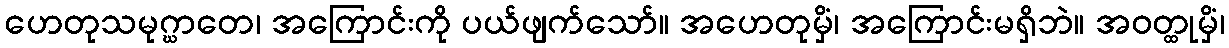
ဟေတုသမုဂ္ဃာတေ၊ အကြောင်းကို ပယ်ဖျက်သော်။ အဟေတုမှိံ၊ အကြောင်းမရှိဘဲ။ အဝတ္ထုမှိံ၊